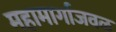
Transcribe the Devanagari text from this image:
महामार्गाजवळ